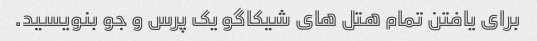
برای یافتن تمام هتل های شیکاگو یک پرس و جو بنویسید.